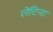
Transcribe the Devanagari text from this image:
लेटिना